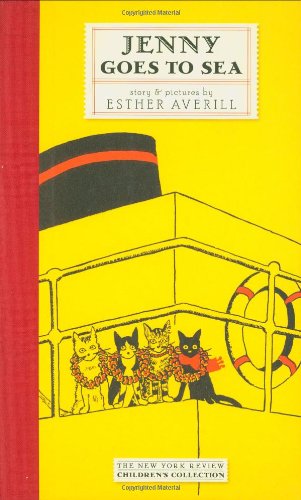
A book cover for Jenny Goes to Sea; Esther Averill; Children's Books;